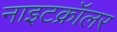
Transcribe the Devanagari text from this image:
नाइटक्रॉलर